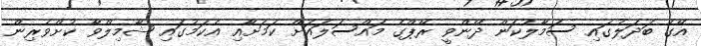
އޭގެ ބަދަލުގައި ސަމާލުކަން ދޭންވީ ރޭޕްގެ މައްސަލައަށް ކަމަށާއި އެކަމުގައި ޝާމިލްވާ ކުށްވެރިން